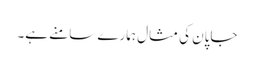
جاپان کی مثال ہمارے سامنے ہے۔